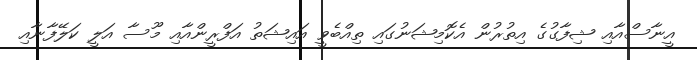
އީނާސްއާއި ޝިފާގުގެ އިތުރުން އެކޮމިޝަނުގައި ތިއްބެވީ އައިޝަތު އަފްރީންއާއި މޫސާ އަލީ ކަލޭފާނާއި